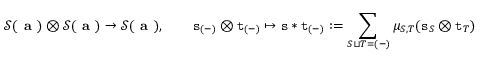
\mathscr { S } ( \textbf { a } ) \otimes \mathscr { S } ( \textbf { a } ) \to \mathscr { S } ( \textbf { a } ) , \qquad { \mathtt { s } } _ { ( - ) } \otimes { \mathtt { t } } _ { ( - ) } \mapsto { \mathtt { s } } \ast { \mathtt { t } } _ { ( - ) } : = \sum _ { S \sqcup T = ( - ) } \mu _ { S , T } ( { \mathtt { s } } _ { S } \otimes { \mathtt { t } } _ { T } )